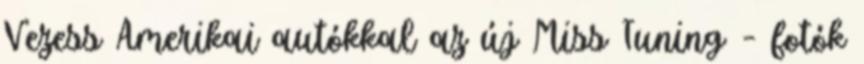
Vezess Amerikai autókkal az új Miss Tuning – fotók